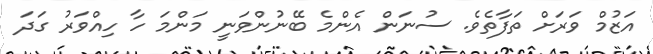
އަޒުމް ވަރަށް ތަފާތެވެ. ސުނަން އެންމެ ބޭނުންވަނީ މަންމަ ހާ ހިއްވަރު ގަދަ